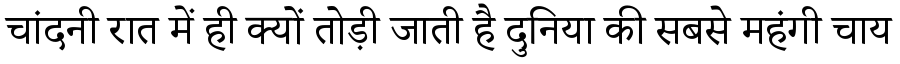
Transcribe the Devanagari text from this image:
चांदनी रात में ही क्यों तोड़ी जाती है दुनिया की सबसे महंगी चाय